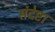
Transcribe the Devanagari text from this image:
संदेष्टा